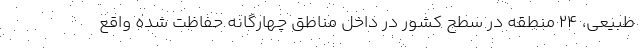
طبیعی، ۲۴ منطقه در سطح کشور در داخل مناطق چهارگانه حفاظت شده واقع